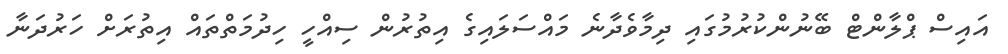
އައިސް ޕްލާންޓް ބޭނުންކުރުމުގައި ދިމާވެދާނެ މައްސަލައިގެ އިތުރުން ސިއްހީ ހިދުމަތްތައް އިތުރަށް ހަރުދަނާ